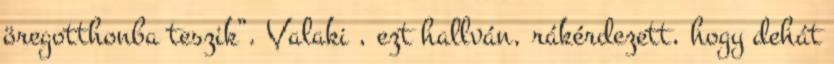
öregotthonba teszik”. Valaki , ezt hallván, rákérdezett, hogy dehát